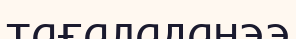
тағаладанээ